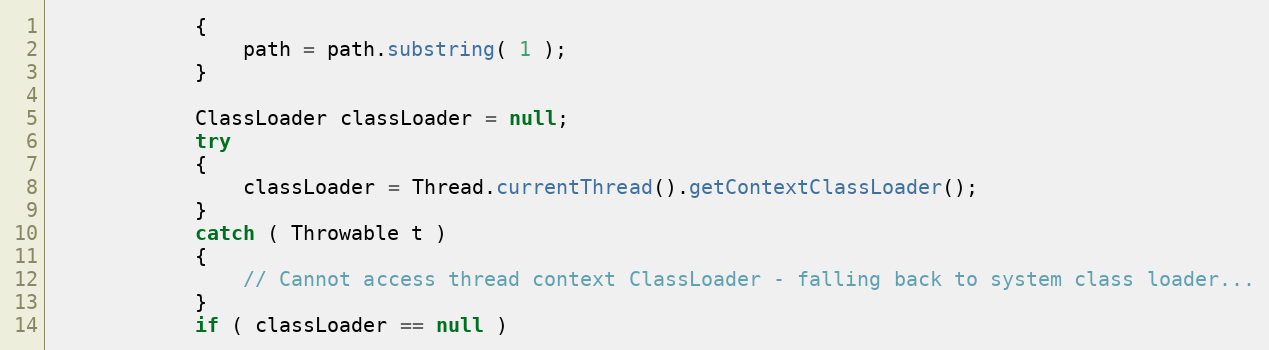
Language: Java
            {
                path = path.substring( 1 );
            }

            ClassLoader classLoader = null;
            try
            {
                classLoader = Thread.currentThread().getContextClassLoader();
            }
            catch ( Throwable t )
            {
                // Cannot access thread context ClassLoader - falling back to system class loader...
            }
            if ( classLoader == null )